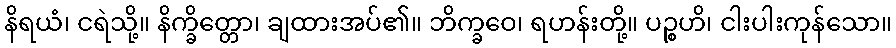
နိရယံ၊ ငရဲသို့။ နိက္ခိတ္တော၊ ချထားအပ်၏။ ဘိက္ခဝေ၊ ရဟန်းတို့။ ပဉ္စဟိ၊ ငါးပါးကုန်သော။